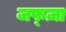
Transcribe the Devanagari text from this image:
जफ्ज़ा